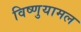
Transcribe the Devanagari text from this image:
विष्णुयामल